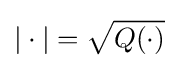
|\cdot |={\sqrt {Q(\cdot )}}